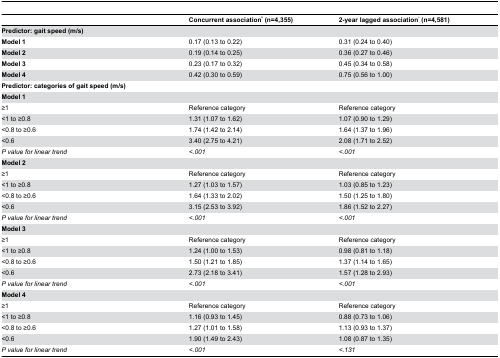
<table><thead><tr><td></td><td><b>Concurrent association<sup>b</sup> (n=4,355)</b></td><td><b>2-year lagged association<sup>c</sup> (n=4,581)</b></td></tr></thead><tbody><tr><td><b>Predictor: gait speed (m/s)</b></td><td></td><td></td></tr><tr><td><b>Model 1</b></td><td>0.17 (0.13 to 0.22)</td><td>0.31 (0.24 to 0.40)</td></tr><tr><td><b>Model 2</b></td><td>0.19 (0.14 to 0.25)</td><td>0.36 (0.27 to 0.46)</td></tr><tr><td><b>Model 3</b></td><td>0.23 (0.17 to 0.32)</td><td>0.45 (0.34 to 0.58)</td></tr><tr><td><b>Model 4</b></td><td>0.42 (0.30 to 0.59)</td><td>0.75 (0.56 to 1.00)</td></tr><tr><td><b>Predictor: categories of gait speed (m/s)</b></td><td></td><td></td></tr><tr><td><b>Model 1</b></td><td></td><td></td></tr><tr><td>≥1</td><td>Reference category</td><td>Reference category</td></tr><tr><td>&lt;1 to ≥0.8</td><td>1.31 (1.07 to 1.62)</td><td>1.07 (0.90 to 1.29)</td></tr><tr><td>&lt;0.8 to ≥0.6</td><td>1.74 (1.42 to 2.14)</td><td>1.64 (1.37 to 1.96)</td></tr><tr><td>&lt;0.6</td><td>3.40 (2.75 to 4.21)</td><td>2.08 (1.71 to 2.52)</td></tr><tr><td><i>P value for linear trend</i></td><td><i>&lt;.001</i></td><td><i>&lt;.001</i></td></tr><tr><td><b>Model 2</b></td><td></td><td></td></tr><tr><td>≥1</td><td>Reference category</td><td>Reference category</td></tr><tr><td>&lt;1 to ≥0.8</td><td>1.27 (1.03 to 1.57)</td><td>1.03 (0.85 to 1.23)</td></tr><tr><td>&lt;0.8 to ≥0.6</td><td>1.64 (1.33 to 2.02)</td><td>1.50 (1.25 to 1.80)</td></tr><tr><td>&lt;0.6</td><td>3.15 (2.53 to 3.92)</td><td>1.86 (1.52 to 2.27)</td></tr><tr><td><i>P value for linear trend</i></td><td><i>&lt;.001</i></td><td><i>&lt;.001</i></td></tr><tr><td><b>Model 3</b></td><td></td><td></td></tr><tr><td>≥1</td><td>Reference category</td><td>Reference category</td></tr><tr><td>&lt;1 to ≥0.8</td><td>1.24 (1.00 to 1.53)</td><td>0.98 (0.81 to 1.18)</td></tr><tr><td>&lt;0.8 to ≥0.6</td><td>1.50 (1.21 to 1.85)</td><td>1.37 (1.14 to 1.65)</td></tr><tr><td>&lt;0.6</td><td>2.73 (2.18 to 3.41)</td><td>1.57 (1.28 to 2.93)</td></tr><tr><td><i>P value for linear trend</i></td><td><i>&lt;.001</i></td><td><i>&lt;.001</i></td></tr><tr><td><b>Model 4</b></td><td></td><td></td></tr><tr><td>≥1</td><td>Reference category</td><td>Reference category</td></tr><tr><td>&lt;1 to ≥0.8</td><td>1.16 (0.93 to 1.45)</td><td>0.88 (0.73 to 1.06)</td></tr><tr><td>&lt;0.8 to ≥0.6</td><td>1.27 (1.01 to 1.58)</td><td>1.13 (0.93 to 1.37)</td></tr><tr><td>&lt;0.6</td><td>1.90 (1.49 to 2.43)</td><td>1.08 (0.87 to 1.35)</td></tr><tr><td><i>P value for linear trend</i></td><td><i>&lt;.001</i></td><td><i>&lt;.131</i></td></tr></tbody></table>